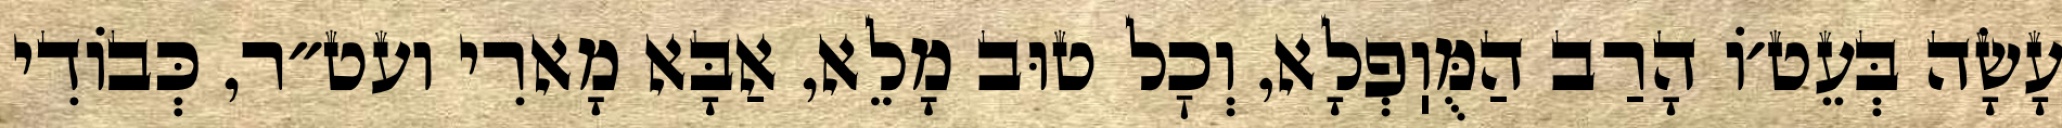
עָשָׂה בְּעֵט׳וֹ הָרַב הַמֻּוֽפְלָא, וְכׇל טוּב מָלֵא, אַבָּא מָארִי ועט״ר, כְּבוֹדִי